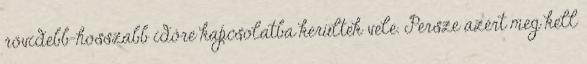
rövidebb-hosszabb időre kapcsolatba kerültek vele. Persze azért meg kell